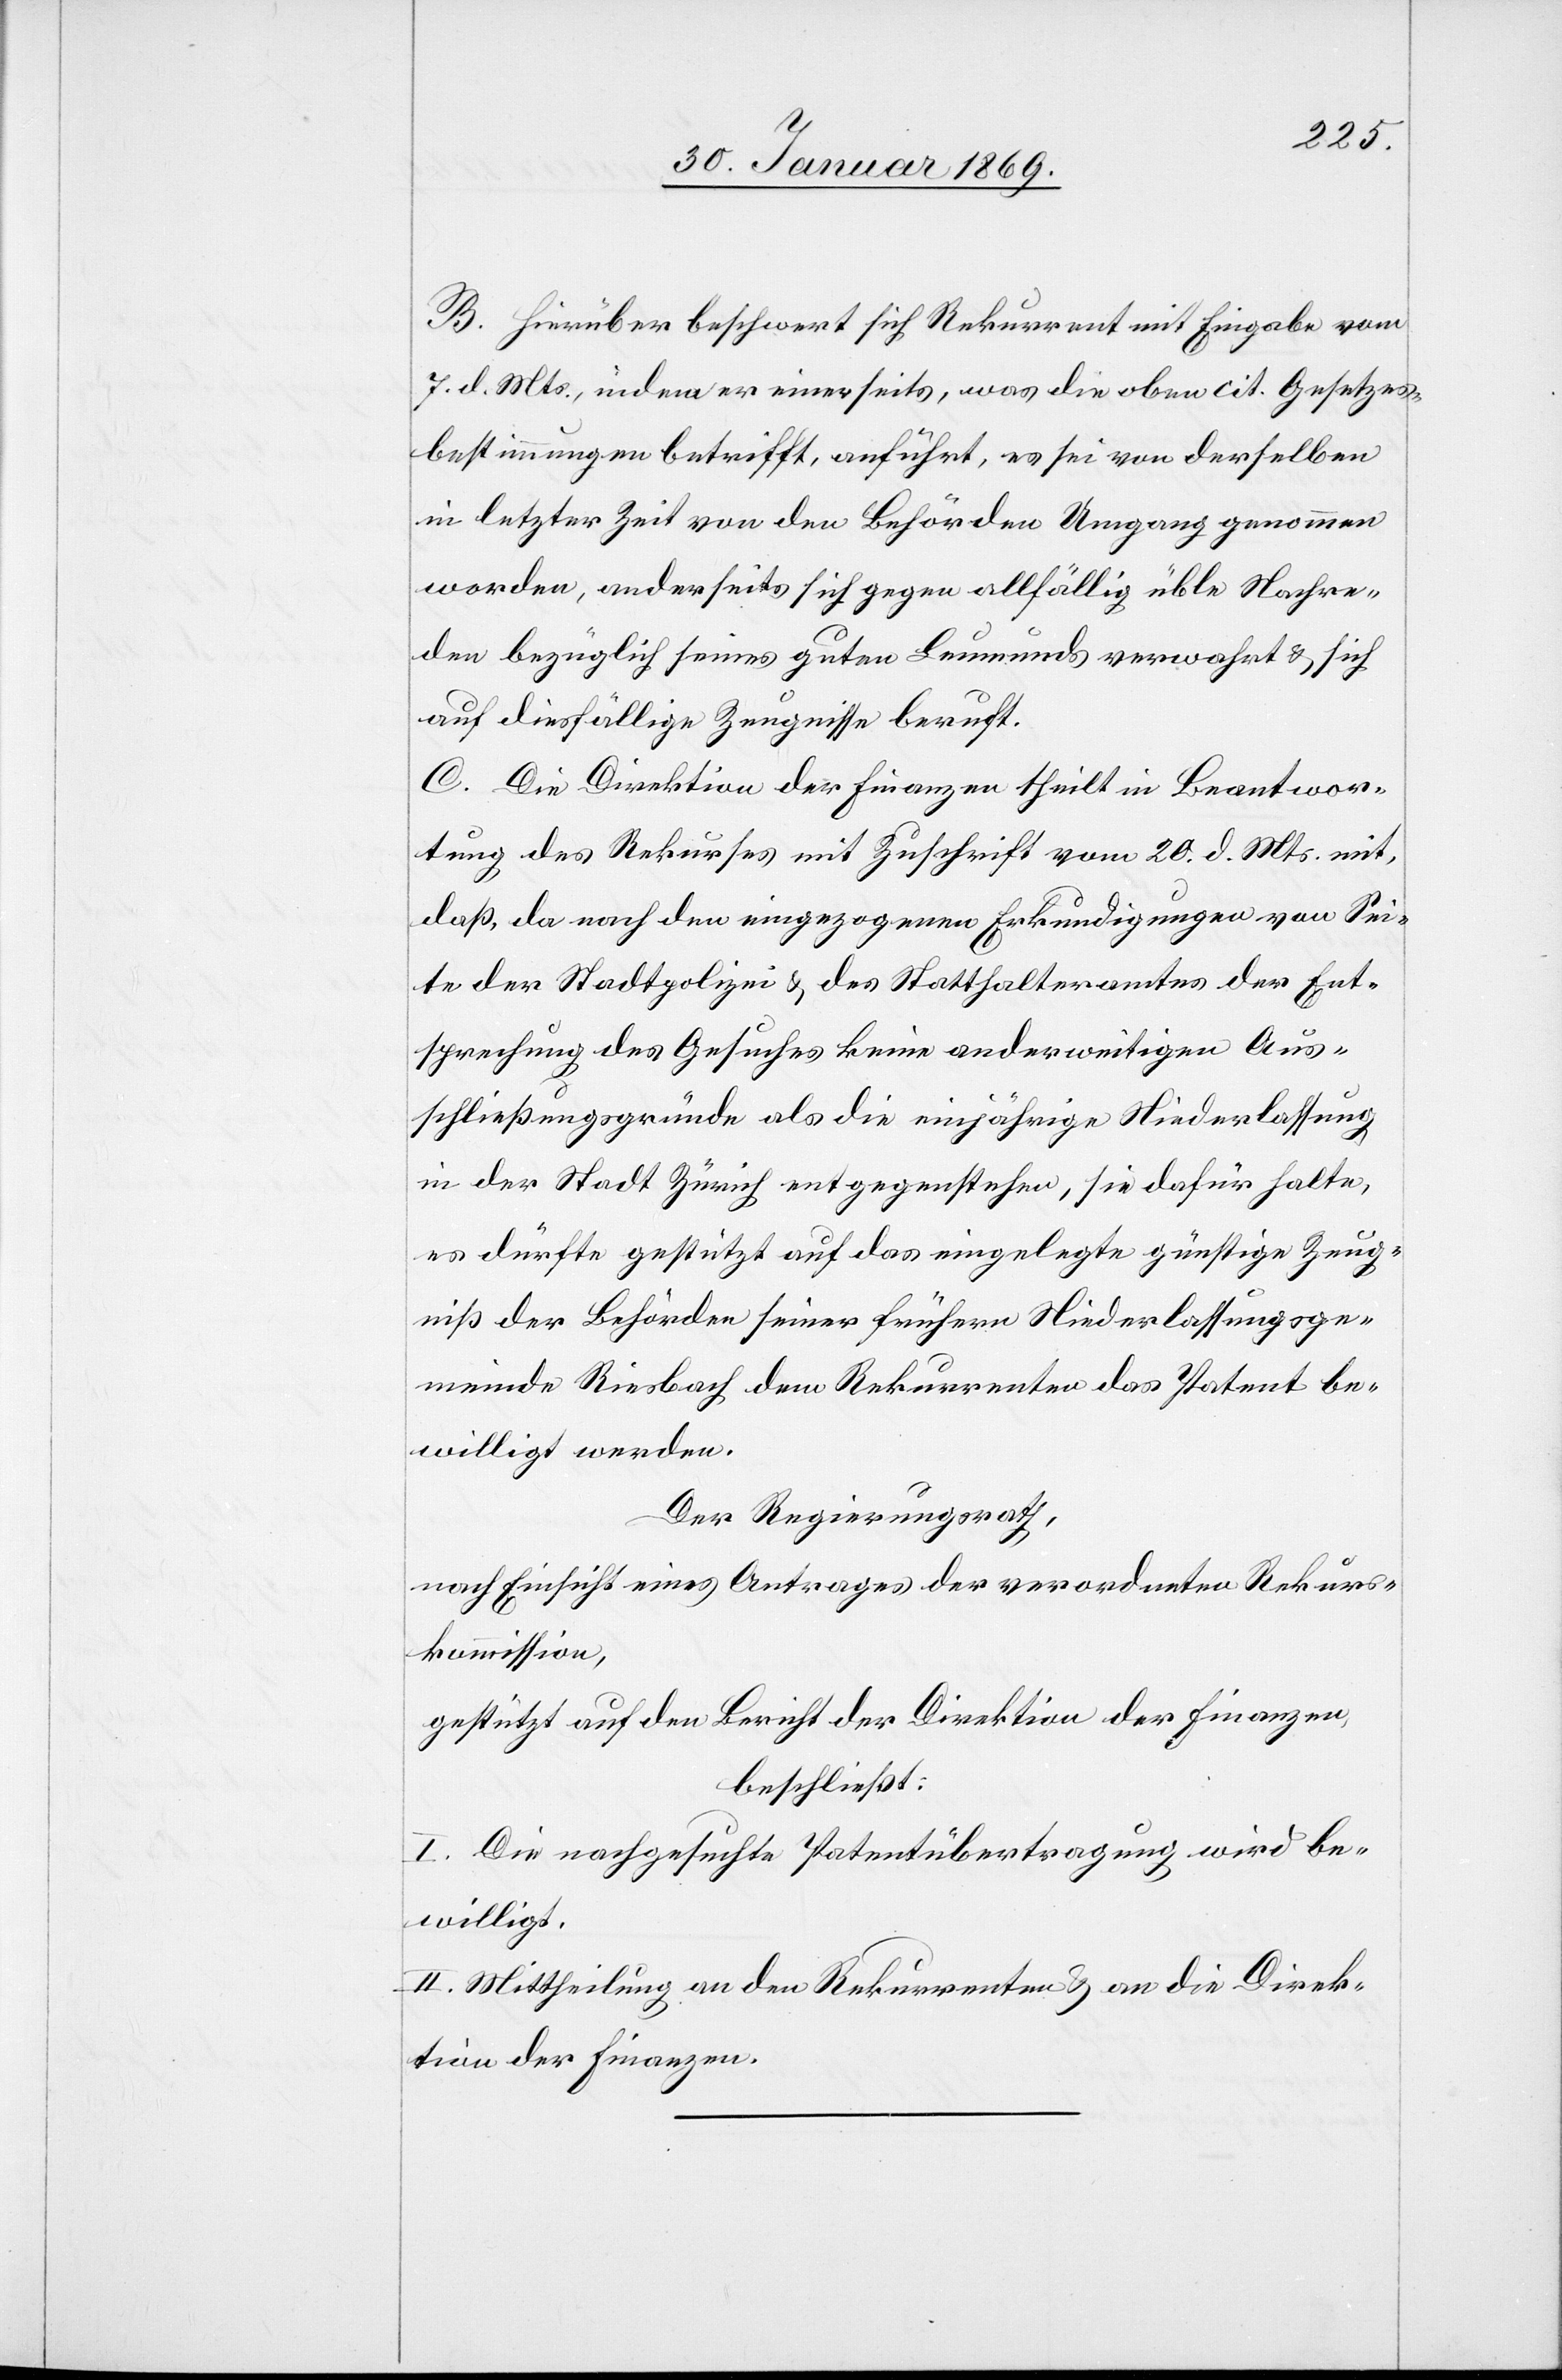
B. Hierüber beschwert sich Rekurrent mit Eingabe vom
7. d. Mts., indem er einerseits, was die oben cit. Gesetzes¬
bestimmungen betrifft, anführt, es sei von derselben
in letzter Zeit von den Behörden Umgang genommen
worden, anderseits sich gegen allfällige üble Nachre¬
den bezüglich seines guten Leumunds verwahrt u. sich
auf diesfällige Zeugnisse beruft.
C. Die Direktion der Finanzen theilt in Beantwor¬
tung des Rekurses mit Zuschrift vom 20. d. Mts. mit,
daß, da nach den eingezogenen Erkundigungen von Sei¬
te der Stadtpolizei u. des Statthalteramtes der Ent¬
sprechung des Gesuches keine anderweitigen Aus¬
schließungsgründe als die einjährige Niederlassung
in der Stadt Zürich entgegenstehen, sie dafür halte,
es dürfte gestützt auf das eingelegte günstige Zeug¬
niß der Behörden seiner frühern Niederlassungsge¬
meinde Riesbach dem Rekurrenten das Patent be¬
willigt werden.
Der Regierungsrath,
nach Einsicht eines Antrages der verordneten Rekurs¬
kommission,
gestützt auf den Bericht der Direktion der Finanzen,
beschließt:
I. Die nachgesuchte Patentübertragung wird be¬
willigt.
II. Mittheilung an den Rekurrenten u. an die Direk¬
tion der Finanzen.